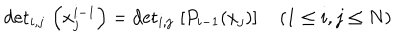
\mathrm { d e t } _ { i , j } \, \left( x _ { j } ^ { i - 1 } \right) = \mathrm { d e t } _ { i , j } \, \left[ P _ { i - 1 } ( x _ { j } ) \right] \quad ( 1 \leq i , j \leq N )